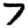
Digit: 7